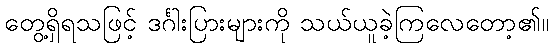
တွေ့ရှိရသဖြင့် ဒင်္ဂါးပြားများကို သယ်ယူခဲ့ကြလေတော့၏။